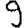
Digit: 9